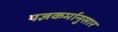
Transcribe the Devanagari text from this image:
यज्ञकर्मानुसार